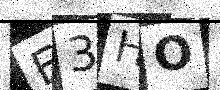
Text: E3HO